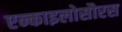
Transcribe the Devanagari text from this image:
एन्काइलोसौरस